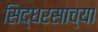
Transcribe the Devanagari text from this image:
सिद्धरसाच्या